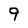
Character: 9